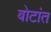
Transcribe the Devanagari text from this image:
बोटांत